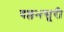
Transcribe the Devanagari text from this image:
वल्लभसूरी